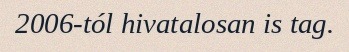
2006-tól hivatalosan is tag.